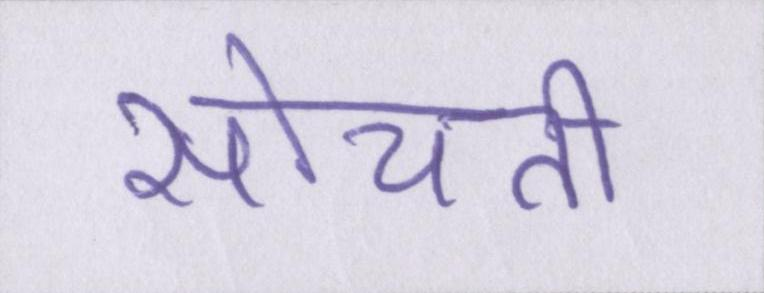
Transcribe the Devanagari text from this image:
सोचती